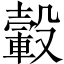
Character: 轂